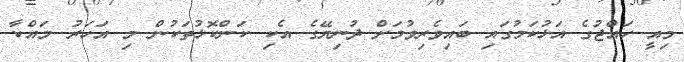
މިއީ ހައްޖުގެ އަޅުކަމުގައި ބައިވެރިވުމަށް ދުނިޔޭގެ އެކި ކަންކޮޅުތަކުން މި އަހަރު މައްކާ